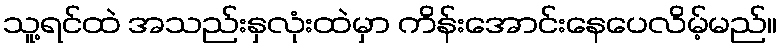
သူ့ရင်ထဲ အသည်းနှလုံးထဲမှာ ကိန်းအောင်းနေပေလိမ့်မည်။